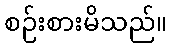
စဉ်းစားမိသည်။